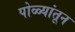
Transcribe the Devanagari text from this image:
पोळ्यांतून